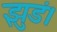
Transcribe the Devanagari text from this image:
झुडं।